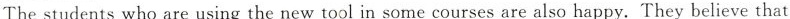
The students who are using the new tool in some courses are also happy. They believe that